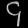
Digit: ၄